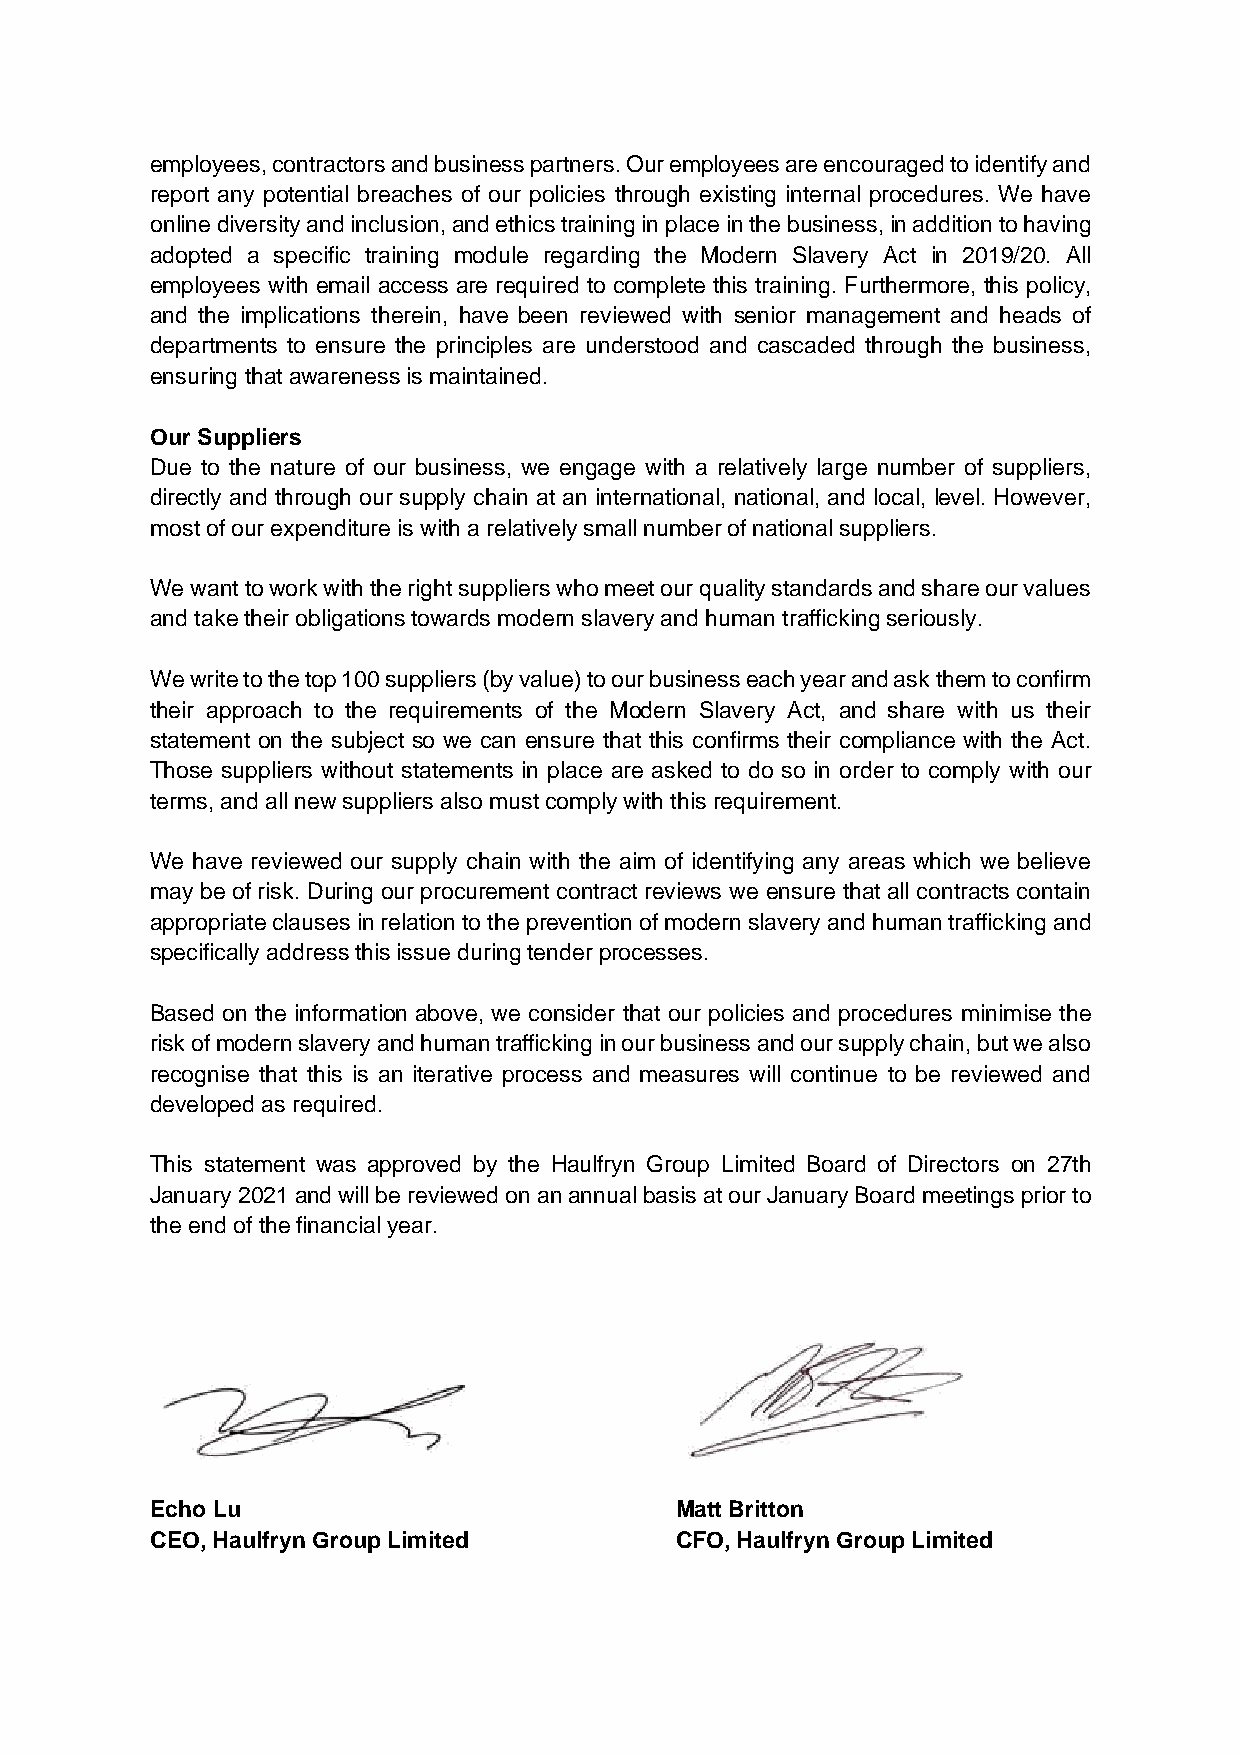
employees, contractors and business partners. Our employees are encouraged to identify and
 report any potential breaches of our policies through existing internal procedures. We have
 online diversity and inclusion, and ethics training in place in the business, in addition to having
 adopted a specific training module regarding the Modern Slavery Act in 2019/20. All
 employees with email access are required to complete this training. Furthermore, this policy,
 and the implications therein, have been reviewed with senior management and heads of
 departments to ensure the principles are understood and cascaded through the business,
 ensuring that awareness is maintained.
 Our Suppliers
 Due to the nature of our business, we engage with a relatively large number of suppliers,
 directly and through our supply chain at an international, national, and local, level. However,
 most of our expenditure is with a relatively small number of national suppliers.
 We want to work with the right suppliers who meet our quality standards and share our values
 and take their obligations towards modern slavery and human trafficking seriously.
 We write to the top 100 suppliers (by value) to our business each year and ask them to confirm
 their approach to the requirements of the Modern Slavery Act, and share with us their
 statement on the subject so we can ensure that this confirms their compliance with the Act.
 Those suppliers without statements in place are asked to do so in order to comply with our
 terms, and all new suppliers also must comply with this requirement.
 We have reviewed our supply chain with the aim of identifying any areas which we believe
 may be of risk. During our procurement contract reviews we ensure that all contracts contain
 appropriate clauses in relation to the prevention of modern slavery and human trafficking and
 specifically address this issue during tender processes.
 Based on the information above, we consider that our policies and procedures minimise the
 risk of modern slavery and human trafficking in our business and our supply chain, but we also
 recognise that this is an iterative process and measures will continue to be reviewed and
 developed as required.
 This statement was approved by the Haulfryn Group Limited Board of Directors on 27th
 January 2021 and will be reviewed on an annual basis at our January Board meetings prior to
 the end of the financial year.
 Echo Lu                            Matt Britton
 CEO, Haulfryn Group Limited        CFO, Haulfryn Group Limited